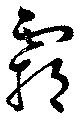
覇